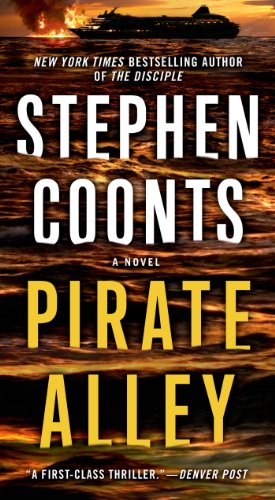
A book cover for Pirate Alley: A Novel; Stephen Coonts; Literature & Fiction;